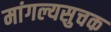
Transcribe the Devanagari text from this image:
मांगल्यसुचक